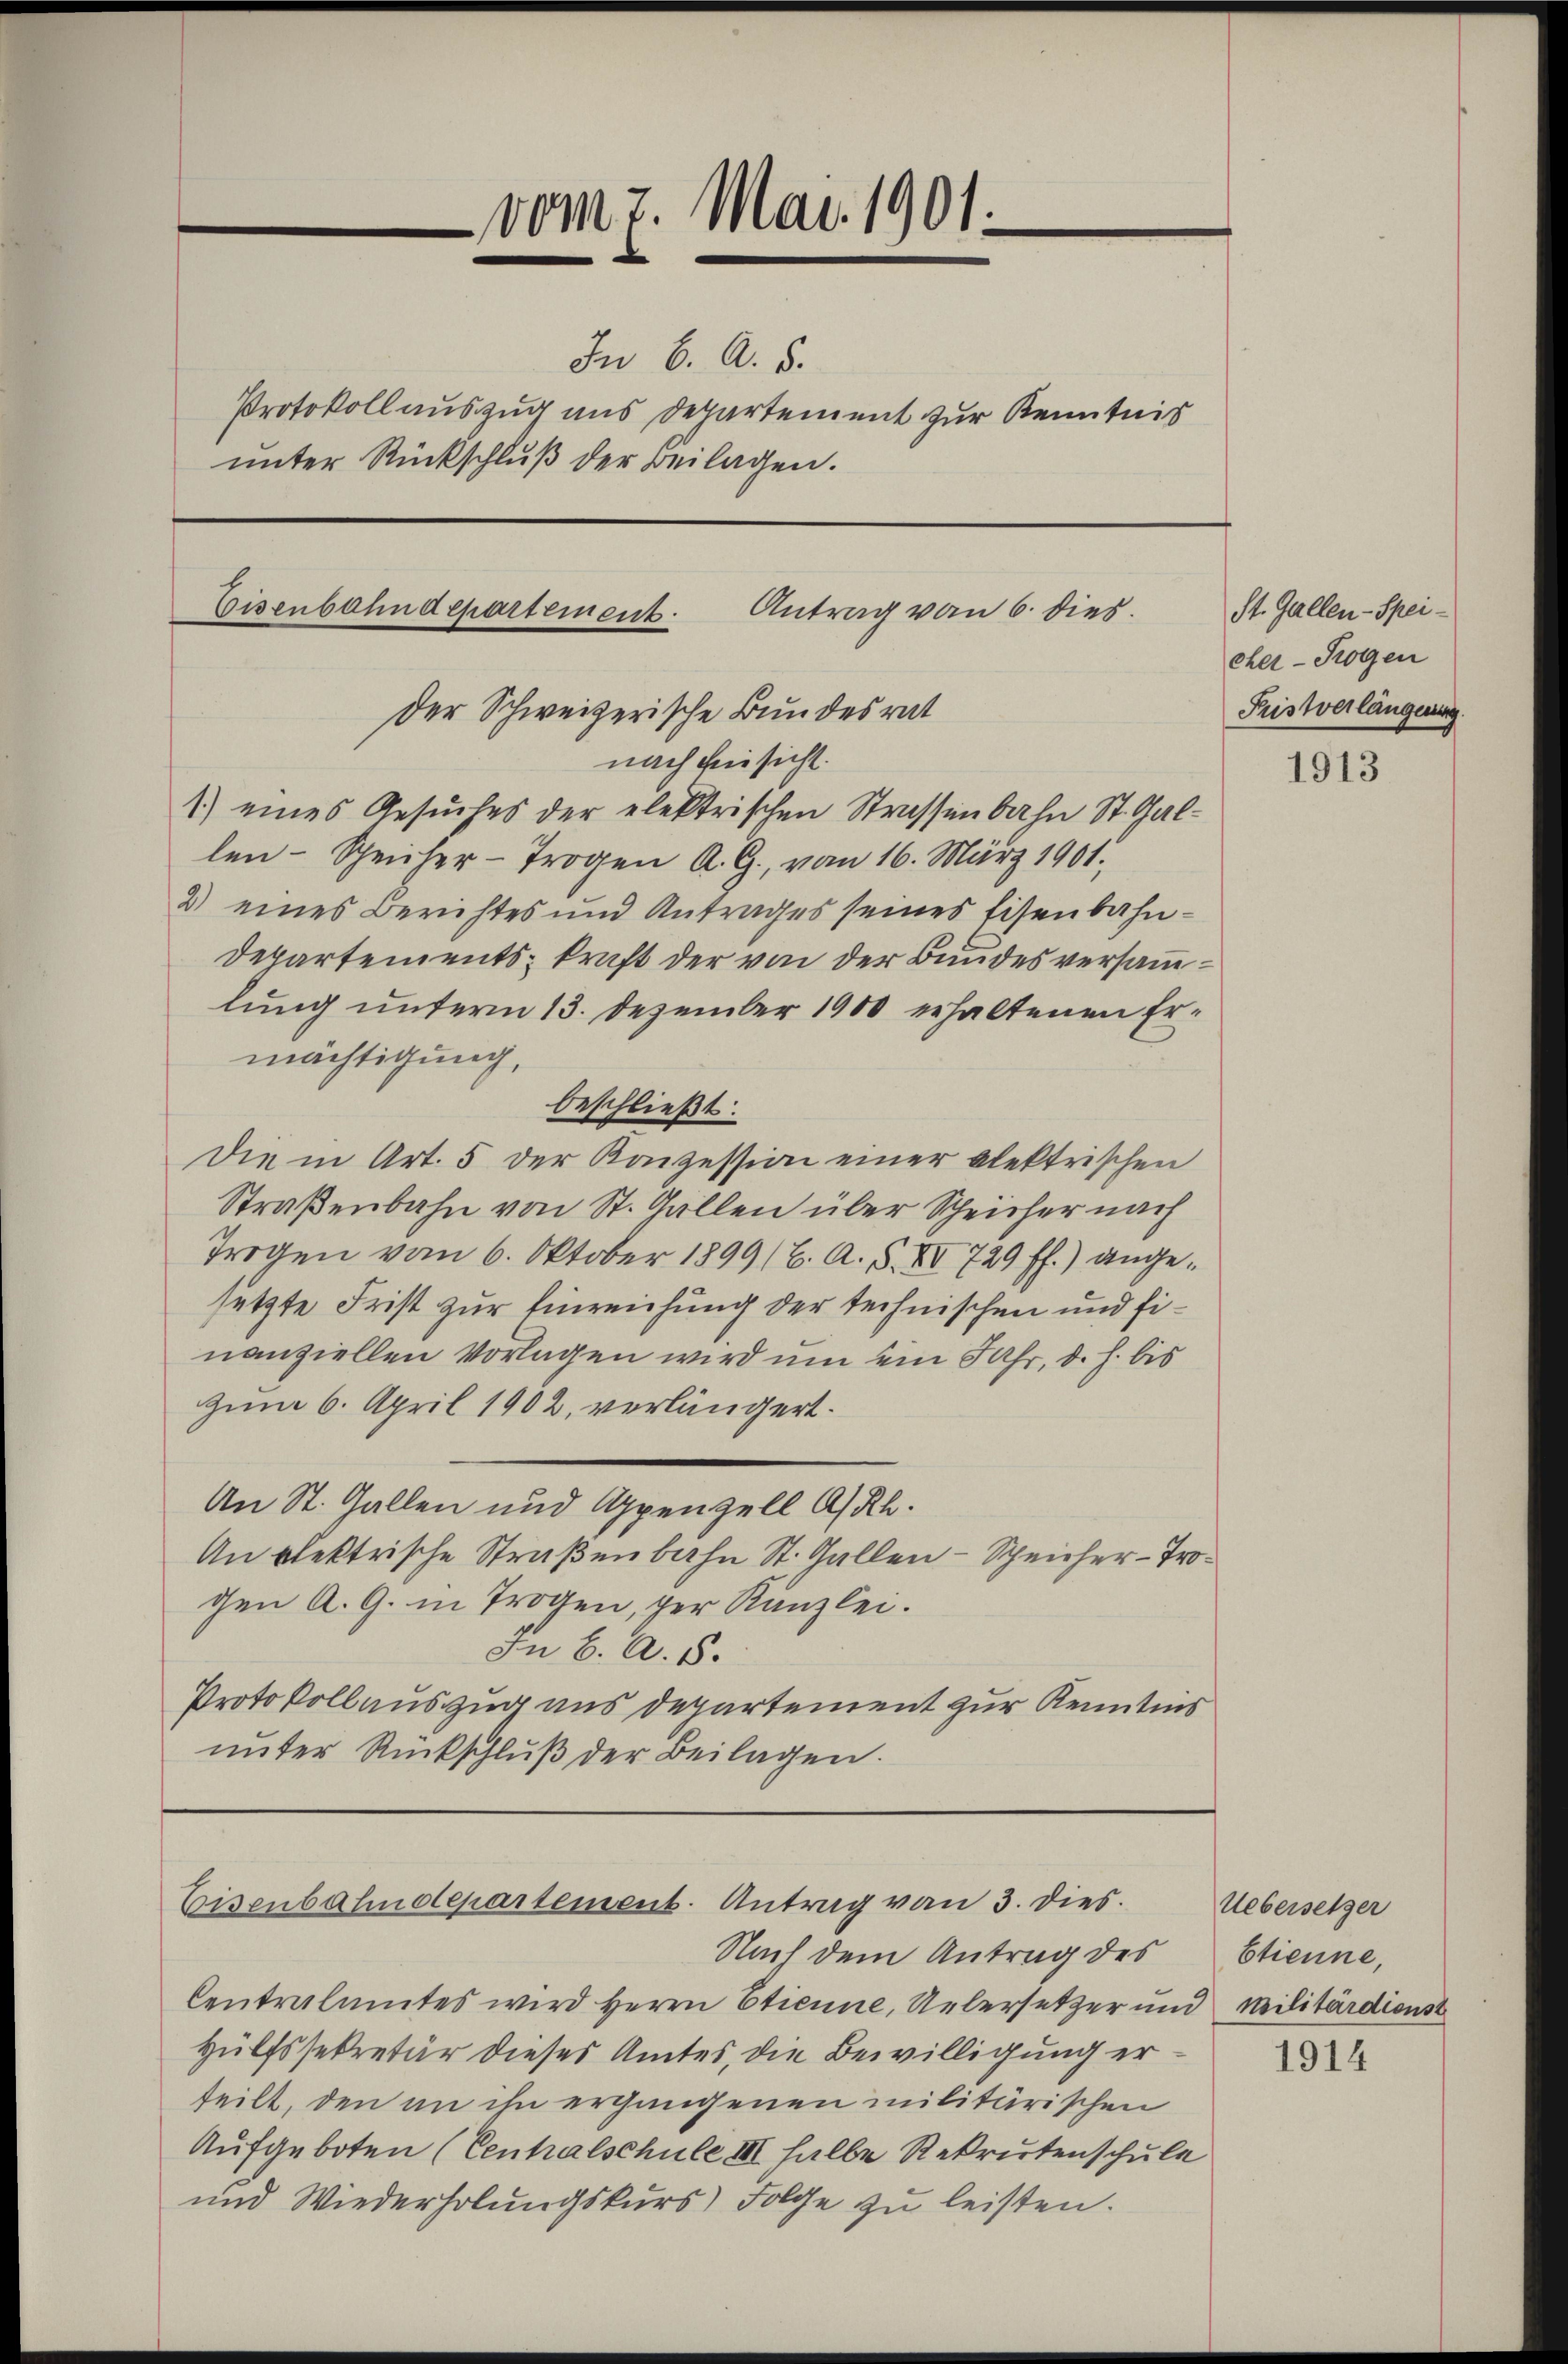
vom 7. Mai 1901.
In 6. A. 5.
Protokoll auszug aus Departement zur Kenntnis
ŭnter Rückschlŭβ der Beilagen.

Eisenbahndepartement. Antrag vom 6. dies
Der Schweizerische Bundesrat
nach Beisicht.

1) eines Gesuches der elektrischen Strassenbahn St. Gallen-Scheicher-Trogen A. G., vom 16. März 1901.
2) eines Berichtes und Antrages seines Eisenbahn¬
Departements kraft der von der Bundesversammlung unterm 13. Dezember 1900 erhaltenen Ermächtigung,
beschließt:
Die in Art. 5 der Konzession einer alektrischen
Straßenbahn von St. Gallen über Scheicher nach
Trogen vom 6. Oktober 1899/6. A. S. XV 729 ff.) angesetzte Frist zur Einreichung der technischen und finanziellen Vorlagen wird um ein Jahr, d. h. bis
Zum 6. April 1902, verlängert.
An St. Gallen und Appenzell A/Rh.
An elektrische Straßenbahn St. Gallen - Scheicher-Trogen A. G. in Trogen, per Kanzlei.
In 6. A. 8.
Protokollauszug aus Departement zur Kenntnis
unter Rückschlŭβ der Beilagen.

Eisenbahndepartement. Antrag von 3. dies.
Nach dem Antrag des

Centralamtes wird Herrn Etienne, Uebersetzer und Militärdienst
Hülfssekretär dieses Amtes, die Bewilligung erteilt, den an ihn ergangenen militärischen
Aufgeboten (Cenhalschule III halbe Rekrutenschule
und Wiederholungskurs) Folge zu leisten.

St. Gallen-Speicher-Sogen
Fristverlängerung.

1913

Uebersetzer
btienne,

1914